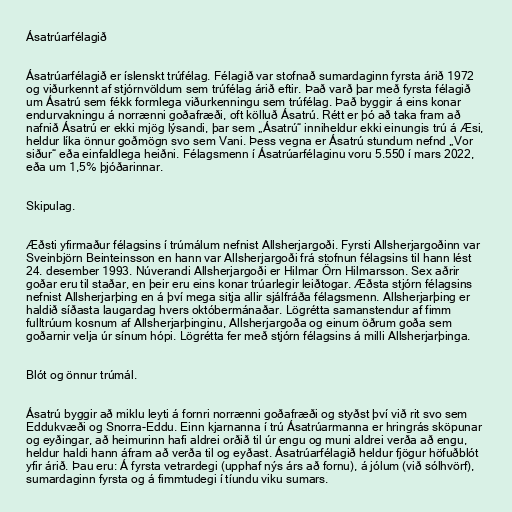
Ásatrúarfélagið

Ásatrúarfélagið er íslenskt trúfélag. Félagið var stofnað sumardaginn fyrsta árið 1972
og viðurkennt af stjórnvöldum sem trúfélag árið eftir. Það varð þar með fyrsta félagið
um Ásatrú sem fékk formlega viðurkenningu sem trúfélag. Það byggir á eins konar
endurvakningu á norrænni goðafræði, oft kölluð Ásatrú. Rétt er þó að taka fram að
nafnið Ásatrú er ekki mjög lýsandi, þar sem „Ásatrú“ inniheldur ekki einungis trú á Æsi,
heldur líka önnur goðmögn svo sem Vani. Þess vegna er Ásatrú stundum nefnd „Vor
siður“ eða einfaldlega heiðni. Félagsmenn í Ásatrúarfélaginu voru 5.550 í mars 2022,
eða um 1,5% þjóðarinnar.

Skipulag.

Æðsti yfirmaður félagsins í trúmálum nefnist Allsherjargoði. Fyrsti Allsherjargoðinn var
Sveinbjörn Beinteinsson en hann var Allsherjargoði frá stofnun félagsins til hann lést
24. desember 1993. Núverandi Allsherjargoði er Hilmar Örn Hilmarsson. Sex aðrir
goðar eru til staðar, en þeir eru eins konar trúarlegir leiðtogar. Æðsta stjórn félagsins
nefnist Allsherjarþing en á því mega sitja allir sjálfráða félagsmenn. Allsherjarþing er
haldið síðasta laugardag hvers októbermánaðar. Lögrétta samanstendur af fimm
fulltrúum kosnum af Allsherjarþinginu, Allsherjargoða og einum öðrum goða sem
goðarnir velja úr sínum hópi. Lögrétta fer með stjórn félagsins á milli Allsherjarþinga.

Blót og önnur trúmál.

Ásatrú byggir að miklu leyti á fornri norrænni goðafræði og styðst því við rit svo sem
Eddukvæði og Snorra-Eddu. Einn kjarnanna í trú Ásatrúarmanna er hringrás sköpunar
og eyðingar, að heimurinn hafi aldrei orðið til úr engu og muni aldrei verða að engu,
heldur haldi hann áfram að verða til og eyðast. Ásatrúarfélagið heldur fjögur höfuðblót
yfir árið. Þau eru: Á fyrsta vetrardegi (upphaf nýs árs að fornu), á jólum (við sólhvörf),
sumardaginn fyrsta og á fimmtudegi í tíundu viku sumars.